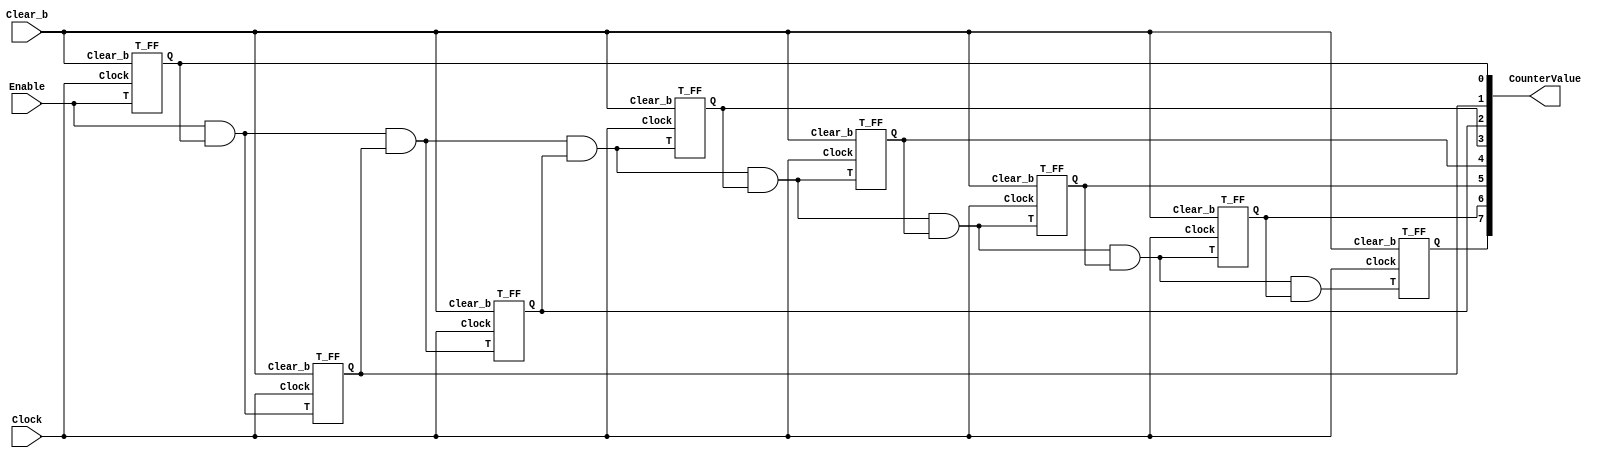
module part1(Clock, Enable, Clear_b, CounterValue);
    input Clock, Enable, Clear_b;
    output [7:0] CounterValue;

    wire [7:0] w;
    assign w[0] = Enable;
    assign w[1] = w[0] & CounterValue[0];
    assign w[2] = w[1] & CounterValue[1];
    assign w[3] = w[2] & CounterValue[2];
    assign w[4] = w[3] & CounterValue[3];
    assign w[5] = w[4] & CounterValue[4];
    assign w[6] = w[5] & CounterValue[5];
    assign w[7] = w[6] & CounterValue[6];

    T_FF t0(.T(w[0]), .Q(CounterValue[0]), .Clock(Clock), .Clear_b(Clear_b));
    T_FF t1(.T(w[1]), .Q(CounterValue[1]), .Clock(Clock), .Clear_b(Clear_b));
    T_FF t2(.T(w[2]), .Q(CounterValue[2]), .Clock(Clock), .Clear_b(Clear_b));
    T_FF t3(.T(w[3]), .Q(CounterValue[3]), .Clock(Clock), .Clear_b(Clear_b));
    T_FF t4(.T(w[4]), .Q(CounterValue[4]), .Clock(Clock), .Clear_b(Clear_b));
    T_FF t5(.T(w[5]), .Q(CounterValue[5]), .Clock(Clock), .Clear_b(Clear_b));
    T_FF t6(.T(w[6]), .Q(CounterValue[6]), .Clock(Clock), .Clear_b(Clear_b));
    T_FF t7(.T(w[7]), .Q(CounterValue[7]), .Clock(Clock), .Clear_b(Clear_b));
endmodule


// module part1(Clock, Enable, Clear_b, CounterValue);
//     input Clock, Enable, Clear_b;
//     output reg [7:0] CounterValue = 8'b00000000;
//     always @(posedge Clock, Clear_b)
//     begin
//         if (!Clear_b) CounterValue = 0;
//         else if (Enable) CounterValue <= CounterValue + 1;
//         else CounterValue <= CounterValue;
//     end
// endmodule



module T_FF(T, Q, Clock, Clear_b);
    input T, Clock, Clear_b;
    output reg Q;

    always @(posedge Clock, negedge Clear_b)
    begin
        if (!Clear_b) Q <= 0;
        else if (T) Q <= ~Q;
        else Q <= Q;
    end
endmodule